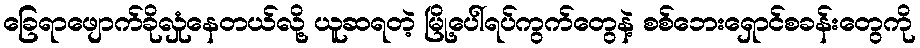
ခြေရာဖျောက်ခိုလှုံနေတယ်လို့ ယူဆရတဲ့ မြို့ပေါ်ရပ်ကွက်တွေနဲ့ စစ်ဘေးရှောင်စခန်းတွေကို